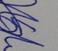
Signature authenticity: genuine